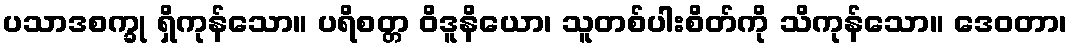
ပသာဒစက္ခု ရှိကုန်သော။ ပရိစတ္တ ဝိဒူနိယော၊ သူတစ်ပါးစိတ်ကို သိကုန်သော။ ဒေဝတာ၊